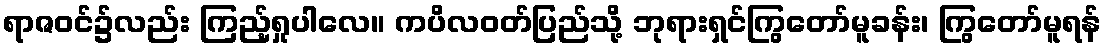
ရာဇဝင်၌လည်း ကြည့်ရှုပါလေ။ ကပိလဝတ်ပြည်သို့ ဘုရားရှင်ကြွတော်မူခန်း၊ ကြွတော်မူရန်